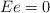
LaTeX: \begin{align*}Ee=0 \end{align*}